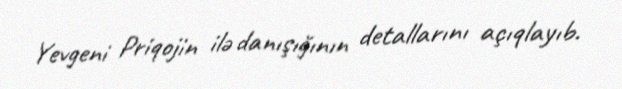
Yevgeni Priqojin ilə danışığının detallarını açıqlayıb.